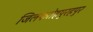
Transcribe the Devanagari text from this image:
जिलफतेहपुरहपुर